Indian journal of veterinary science and animal husbandry - Volume 11,
Year: 1941
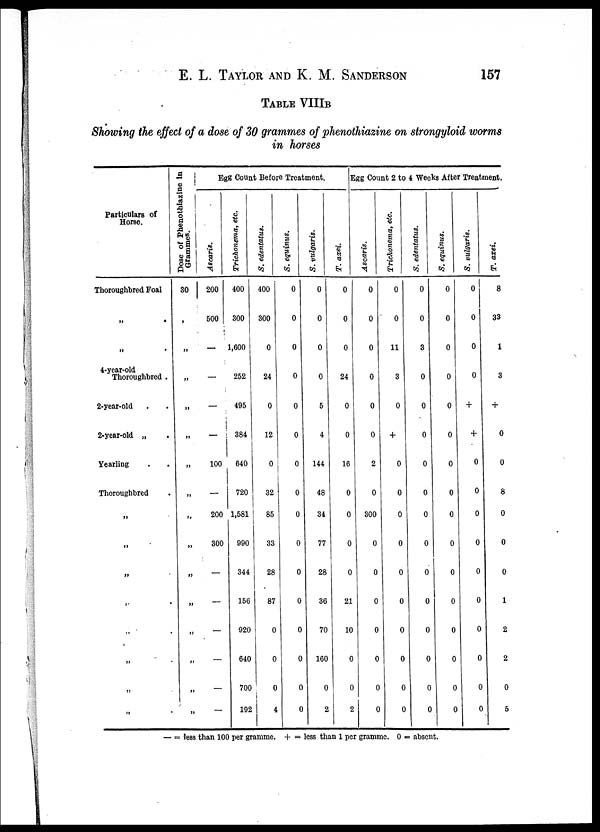
E. L. TAYLOR AND K. M.
SANDERSON
157
TABLE VIIIB
Showing the effect of a dose of 30 grammes of phenothiazine on strongyloid worms
in horses
Particulars of
Horse.
Thoroughbred Foal
„ .
„ .
4-year-old
Thoroughbred .
2-year-old . .
2-year-old „ .
Yearling . .
Thoroughbred .
„
„
„
„ .
„ .
„ .
„
„ .
Dose of Phenothiazine in
Grammes.
30
„
„
„
„
„
„
„
„
„
„
„
„
„
„
„
Egg Count Before Treatment.
Ascaris.
200
500
—
—
—
—
100
—
200
300
—
—
—
—
—
—
Trichonema, etc.
400
300
1,600
252
495
384
640
720
1,581
990
344
156
920
640
700
192
S. edentatus.
400
300
0
24
0
12
0
32
85
33
28
87
0
0
0
4
S. equinus.
0
0
0
0
0
0
0
0
0
0
0
0
0
0
0
0
S. vulgaris.
0
0
0
0
5
4
144
48
34
77
28
36
70
160
0
2
T. axei.
0
0
0
24
0
0
16
0
0
0
0
21
10
0
0
2
Egg Count 2 to 4 Weeks After Treatment.
Ascaris.
0
0
0
0
0
0
2
0
300
0
0
0
0
0
0
0
Trichonema, etc.
0
0
11
3
0
+
0
0
0
0
0
0
0
0
0
0
S. edentatus.
0
0
3
0
0
0
0
0
0
0
0
0
0
0
0
0
S. equinus.
0
0
0
0
0
0
0
0
0
0
0
0
0
0
0
0
S. vulgaris.
0
0
0
0
+
+
0
0
0
0
0
0
0
0
0
0
T. axei.
8
33
1
3
+
0
0
8
0
0
0
1
2
2
0
5
— = less than 100 per gramme. + = less than 1 per gramme. 0 = absent.